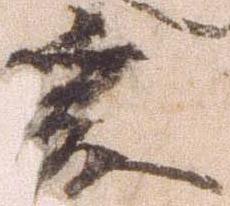
爰